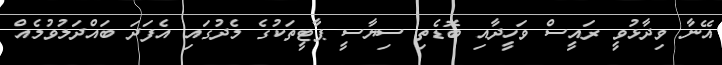
އޭނާ ވިދާޅުވީ ރައީސް ވަހީދާއި ބޮޑެތި ސިޔާސީ ޕާޓީތަކުގެ މެދުގައި އެފަދަ ބައްދަލުވުމެއް